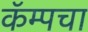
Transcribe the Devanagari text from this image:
कॅम्पचा